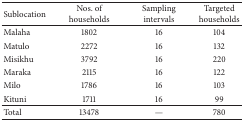
| Sublocation | Nos. of households | Sampling intervals | Targeted households |
 | --- | --- | --- | --- |
 | Malaha | 1802 | 16 | 104 |
 | Matulo | 2272 | 16 | 132 |
 | Misikhu | 3792 | 16 | 220 |
 | Maraka | 2115 | 16 | 122 |
 | Milo | 1786 | 16 | 103 |
 | Kituni | 1711 | 16 | 99 |
 | Total | 13478 | — | 780 |